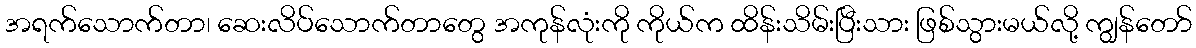
အရက်သောက်တာ၊ ဆေးလိပ်သောက်တာတွေ အကုန်လုံးကို ကိုယ်က ထိန်းသိမ်းပြီးသား ဖြစ်သွားမယ်လို့ ကျွန်တော်